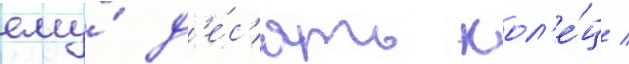
ему́ д'е́с'ять кол'е́ц /